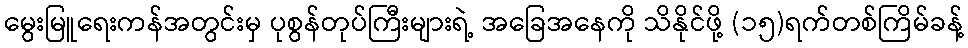
မွေးမြူရေးကန်အတွင်းမှ ပုစွန်တုပ်ကြီးများရဲ့ အခြေအနေကို သိနိုင်ဖို့ (၁၅)ရက်တစ်ကြိမ်ခန့်